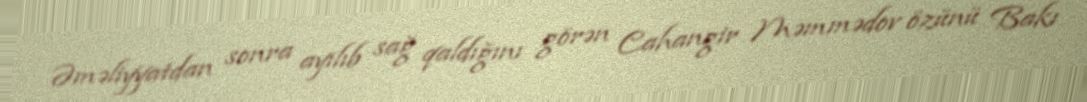
Əməliyyatdan sonra ayılıb sağ qaldığını görən Cahangir Məmmədov özünü Bakı